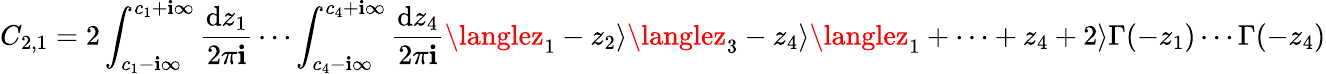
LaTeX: C_{2,1}=2\int_{c_{1}-\mathbf{i}\infty}^{c_{1}+\mathbf{i}\infty}\frac{{\mathrm{{d}}z_{1}}}{{2\pi\mathbf{i}}}\cdots\int_{c_{4}-\mathbf{i}\infty}^{c_{4}+\mathbf{i}\infty}\frac{{\mathrm{{d}}z_{4}}}{{2\pi\mathbf{i}}}\langlez_{1}-z_{2}\rangle\langlez_{3}-z_{4}\rangle\langlez_{1}+\cdots+z_{4}+2\rangle\Gamma(-z_{1})\cdots\Gamma(-z_{4})